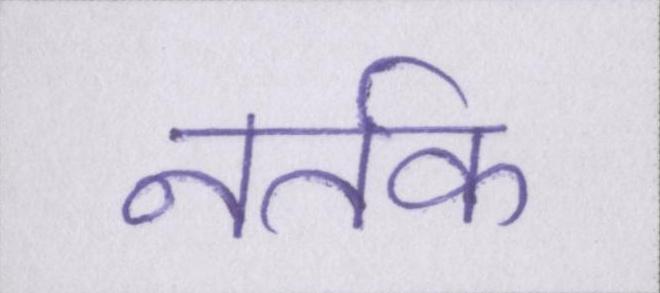
नर्तक